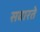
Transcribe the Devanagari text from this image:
सवारते